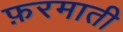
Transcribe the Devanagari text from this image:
फ़रमाती